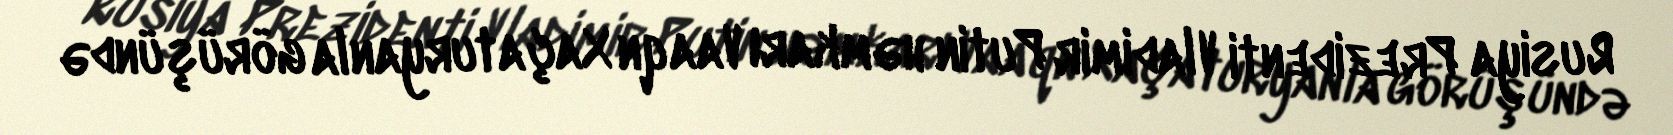
Rusiya Prezidenti Vladimir Putin həmkarı Vaaqn Xaçaturyanla görüşündə